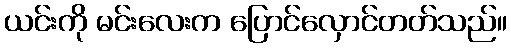
ယင်းကို မင်းလေးက ပြောင်လှောင်တတ်သည်။